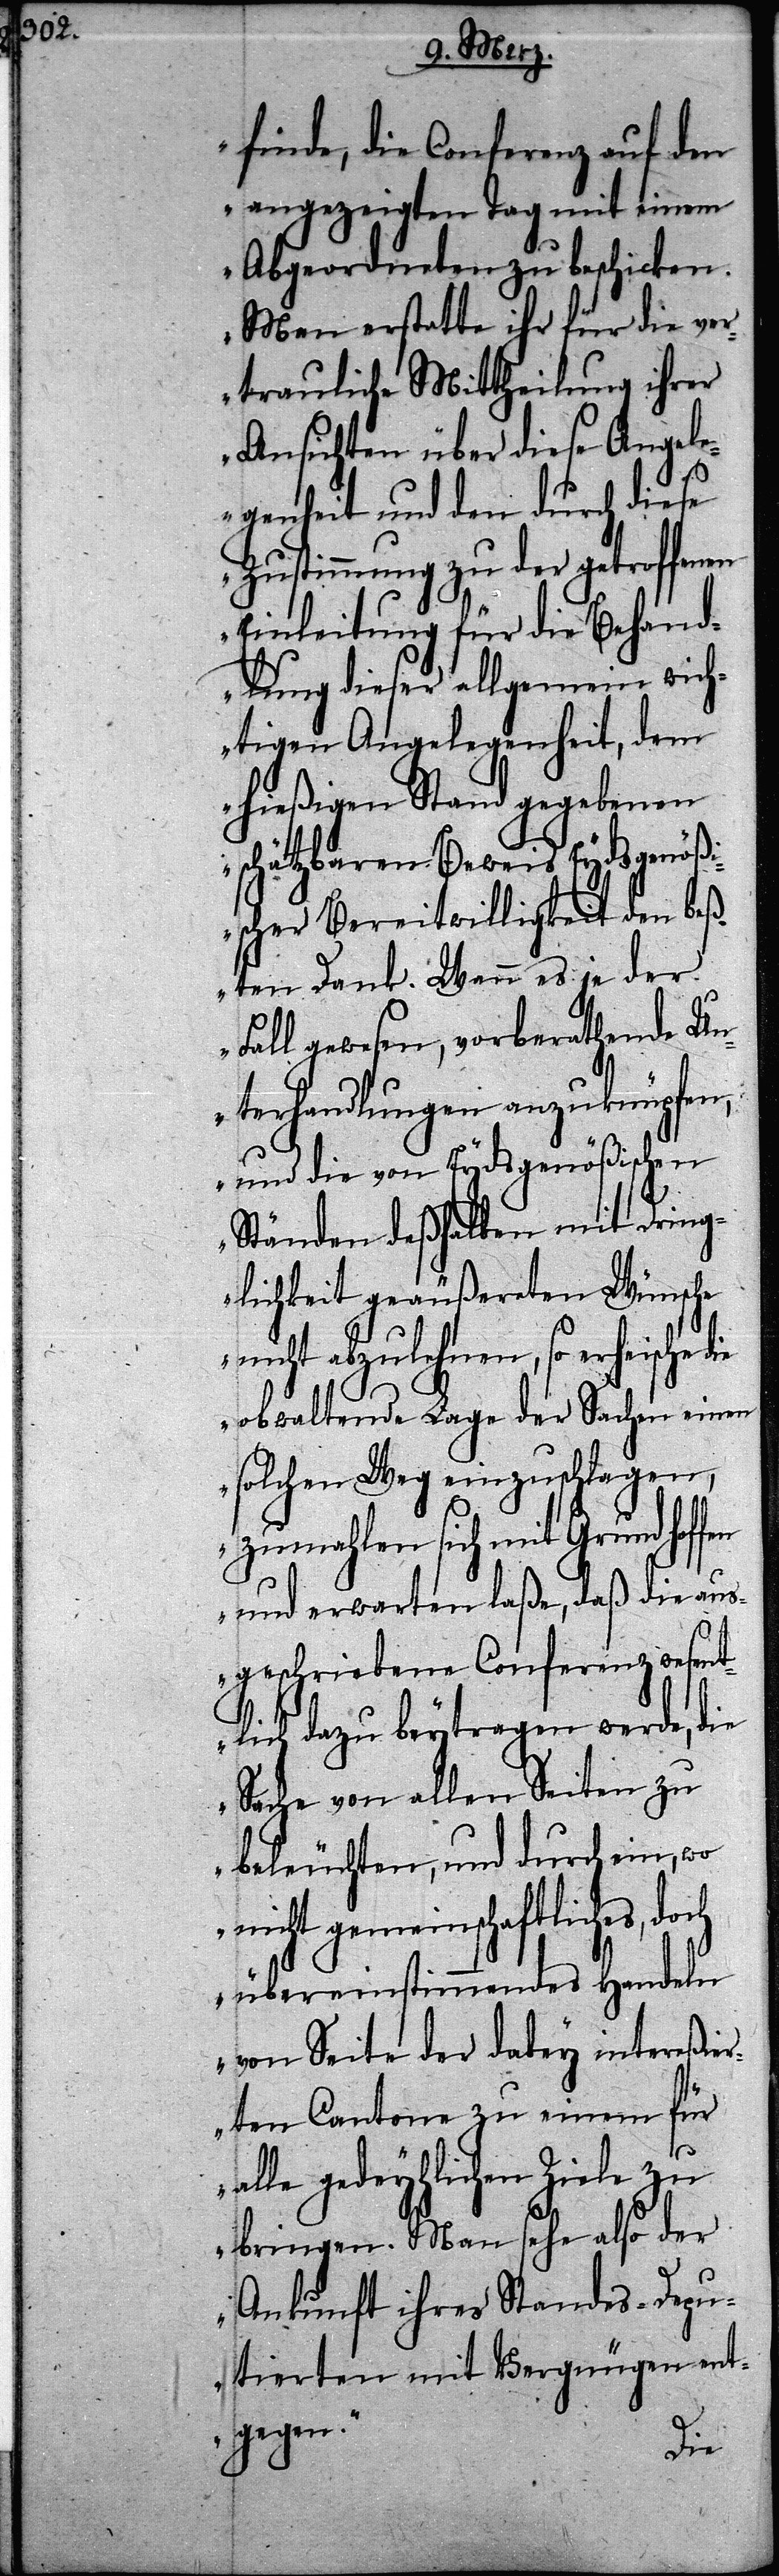
finde, die Conferenz auf den
angezeigten Tag mit einem
Abgeordneten zu beschicken.
Man erstatte ihr für die ver¬
trauliche Mittheilung ihrer
Ansichten über diese Angel¬
egenheit und den durch diese
Zustimmung zu der getroffenen
Einleitung für die Behand¬
lung dieser allgemein wich¬
tigen Angelegenheit, dem
hießigen Stand gegebenen
schätzbaren Beweis Eydsgenößi¬
scher Bereitwilligkeit den beß¬
ten Dank. Wenn es je der
Fall gewesen, vorberathende Un¬
terhandlungen aunzuknüpfen,
und die von Eydsgenößischen
Ständen deßhalben mit Dring¬
Wunsche
lichkeit geäußerten
nicht abzulehnen, so erheische
obwaltende Lage der Sachen einen
solchen Weg einzuschlagen,
zumahlen sich mit Grund hof¬
und erwarten laße, daß die aus¬
geschriebene Conferenz wesent¬
lich dazu beytragen werde, die
Sache von allen Seiten zu
beleuchten, und
doch
nicht gemeinschaf¬
in¬
übereinstimmendes
tereßie¬
von Seite der dabey
rten Cantone zu einem für
alle gedächlichen Ziele zu
bringen. Man sehe also der
Ankunft ihres Standes-Depu¬
tierten mit Vergnügen ent¬
gegen.“
die